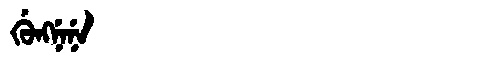
Manchu: ᡤᡠᠩᠨᡝᠨᡝ
Romanization: GUNGNENE